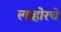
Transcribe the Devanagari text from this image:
लाहोरचे